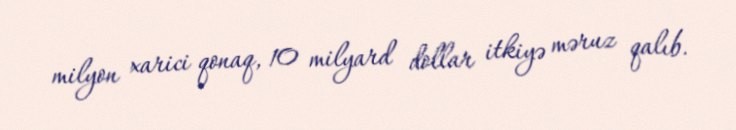
milyon xarici qonaq, 10 milyard dollar itkiyə məruz qalıb.